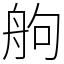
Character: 䑦